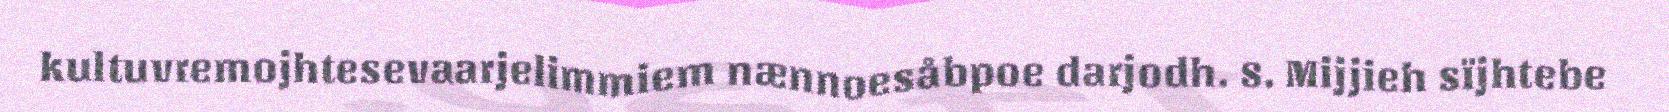
kultuvremojhtesevaarjelimmiem nænnoesåbpoe darjodh. 8. Mijjieh sïjhtebe